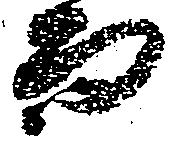
而